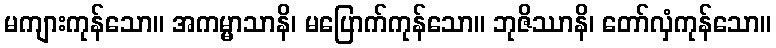
မကျားကုန်သော။ အကမ္မာသာနိ၊ မပြောက်ကုန်သော။ ဘုဇိဿာနိ၊ တော်လှံကုန်သော။